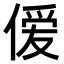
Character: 𫣊